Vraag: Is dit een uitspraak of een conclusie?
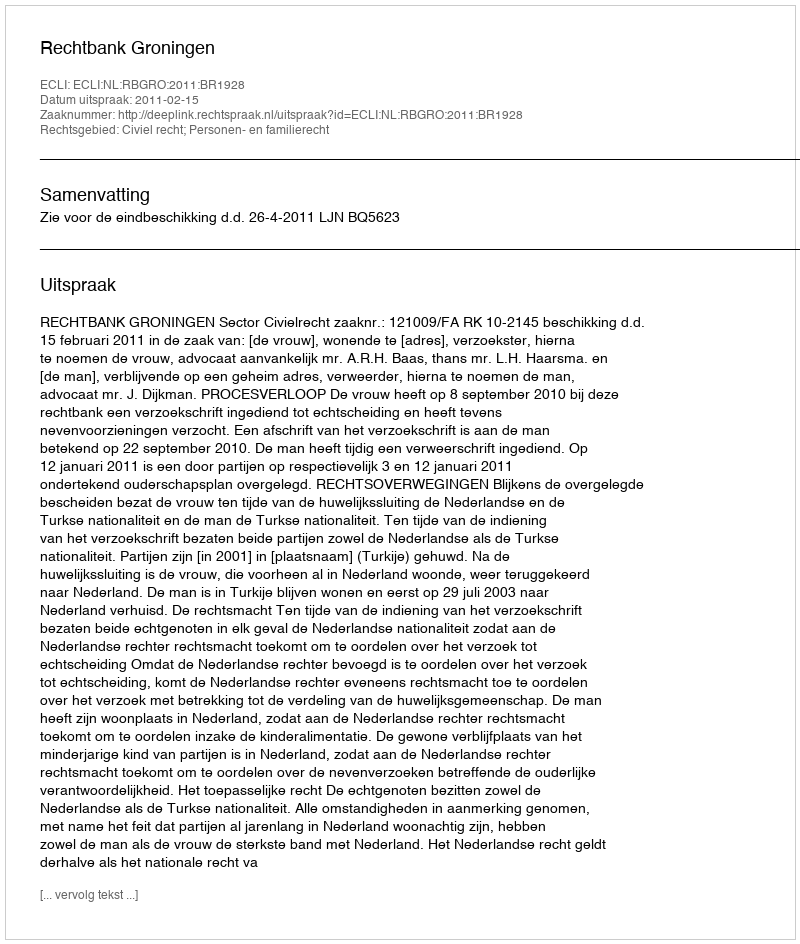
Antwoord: Uitspraak